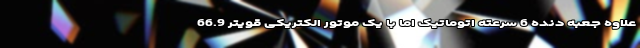
علاوه جعبه دنده 6 سرعته اتوماتیک اما با یک موتور الکتریکی قویتر 66.9